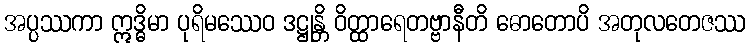
အပ္ပဿကာ ဣဒ္ဓိမာ ပုရိမဿေဝ ဒဋ္ဌုန္တိ ဝိတ္ထာရေတဗ္ဗာနီတိ ဓောတောပိ အတုလတေဇဿ